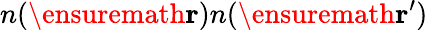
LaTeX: n(\ensuremath{\mathbf{r}})n(\ensuremath{\mathbf{r}}^{\prime})